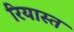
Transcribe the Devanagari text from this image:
रियास्त